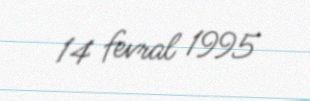
14 fevral 1995